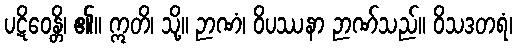
ပဋိဝေန္တိ၊ ၏။ ဣတိ၊ သို့။ ဉာဏံ၊ ဝိပဿနာ ဉာဏ်သည်။ ဝိသဒတရံ၊